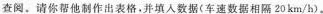
查阅。请你帮他制作出表格，并填入数据(车速数据相隔20km/h)。